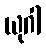
ယုဂါ